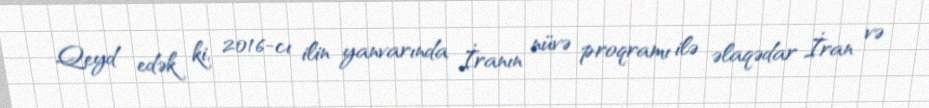
Qeyd edək ki, 2016-cı ilin yanvarında İranın nüvə proqramı ilə əlaqədar İran və